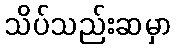
သိပ်သည်းဆမှာ